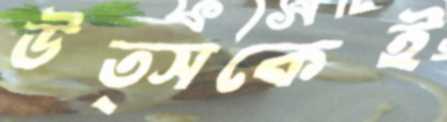
উত্সকেই